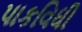
પાકવિધી